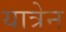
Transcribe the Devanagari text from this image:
यात्रेन